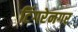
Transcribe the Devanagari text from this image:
टिंगरेनगर